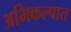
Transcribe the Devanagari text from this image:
अभिकल्पात